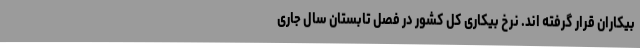
بیکاران قرار گرفته اند. نرخ بیکاری کل کشور در فصل تابستان سال جاری